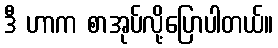
ဒီ ဟာက စာအုပ်လို့ပြောပါတယ်။